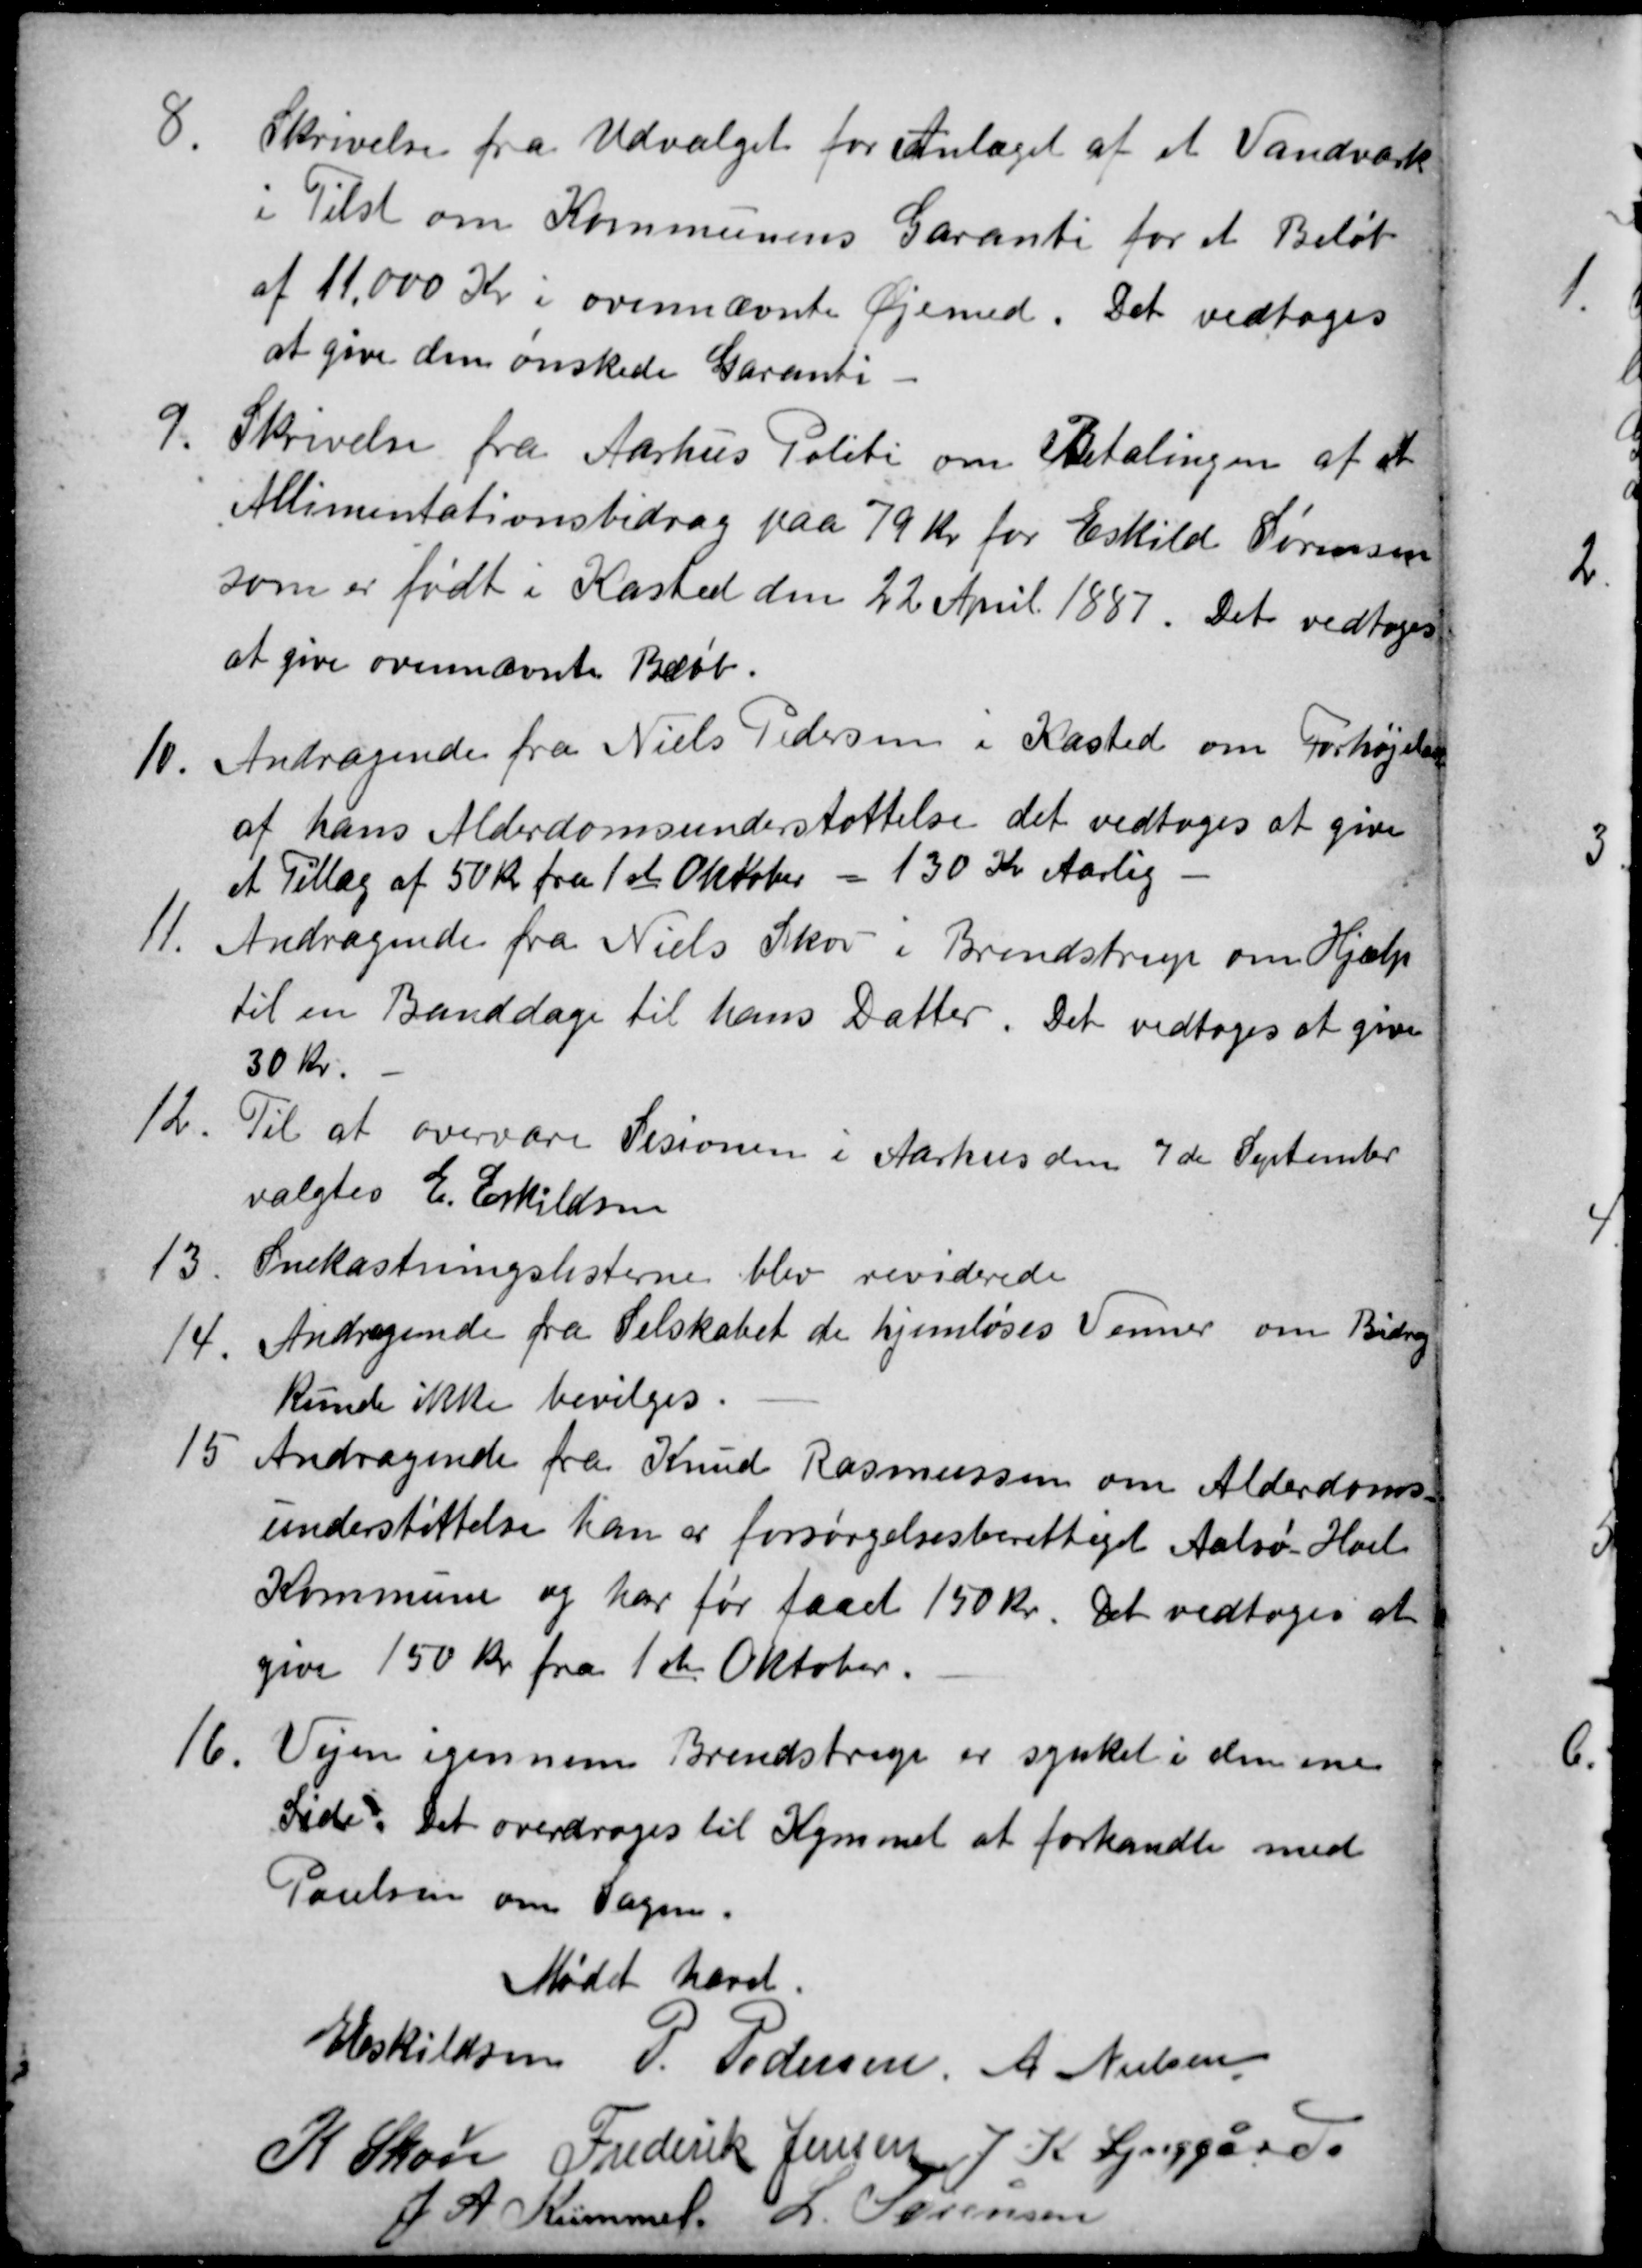
Transskription:
8.
Skrivelse fra Udvalget for Anlæget af et Vandværk
i Tilst om Kommunens Garanti for et Beløb
af 11.000 Kr i ovennævnte Øjemed. Det vedtoges
at give den ønskede Garanti
9.
Skrivelse fra Aarhus Politi om Betalingen af et
Allimentationsbidrag paa 79 Kr for Eskild Sørensen
som er født i Kasted den 22 April 1887. Det vedtoges
at give ovennævnte Beløb.
10
Andragende fra Niels Pedersen i Kasted om Forhøjelse
af hans Alderdomsunderstøttelse det vedtoges at give
et Tillæg af 50 kr fra 1st Oktober 130 Kr Aarlig
11.
Andragende fra Niels Skov i Brendstrup om Hjælp
til en Banddage til hans Datter. Det vedtoges at give
30 Kr.
12
Til at overvære Sesionen i Aarhus den 7de September
valgtes E. Eskildsen
13
Snekastningslisterne blev reviderede
14.
Andragende fra Selskabet de hjemløses Venner om Bidrag
Kunde ikke bevilges.
15
Andragende fra Knud Rasmussen om Alderdoms-
understøttelse han er forsørgelsesberettiget Aalsø-Hoed
Kommune og har før faaet 150 kr. Det vedtoges at
give 150 kr. fra 1ste Oktober.
16.
Vejen igennem Brendstrup er synket i den ene
Side. Det overdroges til Kümmel at forhandle med
Poulsen om Sagen.
Mødet hævet
E Eskildsen P. Pedersen, A Nielsen
K Skou Frederik Jensen J K Lynggård
J. A. Kümmel L. Sørensen